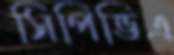
সিপিভিএ